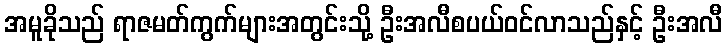
အမူခိုသည် ရာဇမတ်ကွက်များအတွင်းသို့ ဦးအလီစပယ်ဝင်လာသည်နှင့် ဦးအလီ